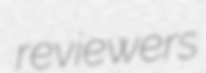
reviewers